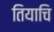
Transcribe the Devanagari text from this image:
तियाचि